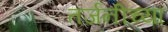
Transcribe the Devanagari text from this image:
तर्जनीच्या